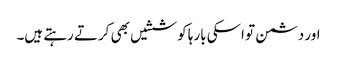
اور دشمن تو اسکی بارہا کوششیں بھی کرتے رہتے ہیں۔